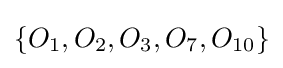
\{O_{1},O_{2},O_{3},O_{7},O_{10}\}